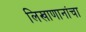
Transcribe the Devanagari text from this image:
लिखाणानांचा